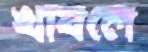
খাবলে